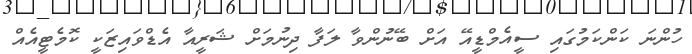
ހުންނަ ކަންކަމުގައި ސީއެމްޑީއޭ އަށް ބޭނުންވާ ލަފާ ދިނުމަށް ޝަރީއާ އެޑްވައިޒަކީ ކޮމެޓީއެއް